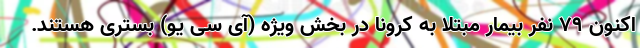
اکنون ۷۹ نفر بیمار مبتلا به کرونا در بخش ویژه (آی سی یو) بستری هستند.